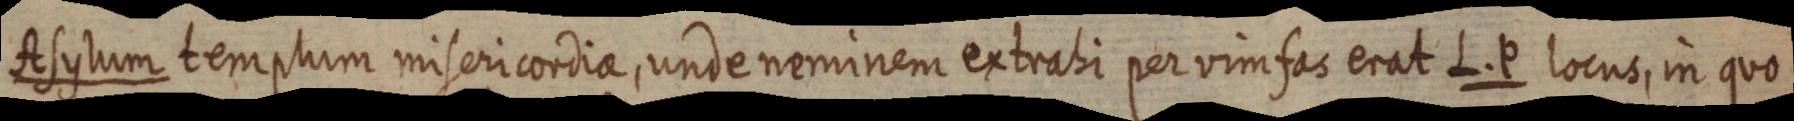
Asylum templum misericordia, unde neminem extrahi per vimfas erat L. P locus, in quo